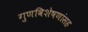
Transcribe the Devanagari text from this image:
गुणविशेषणांसह